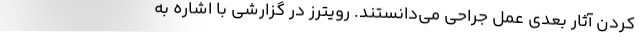
کردن آثار بعدی عمل جراحی می‌دانستند. رویترز در گزارشی با اشاره به